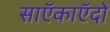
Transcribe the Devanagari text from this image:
साऍकाऍदो